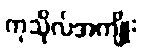
ကုသိုလ်အကျိုး